Sexual cycle of Leucocytozoon canis in the tick - Number 28
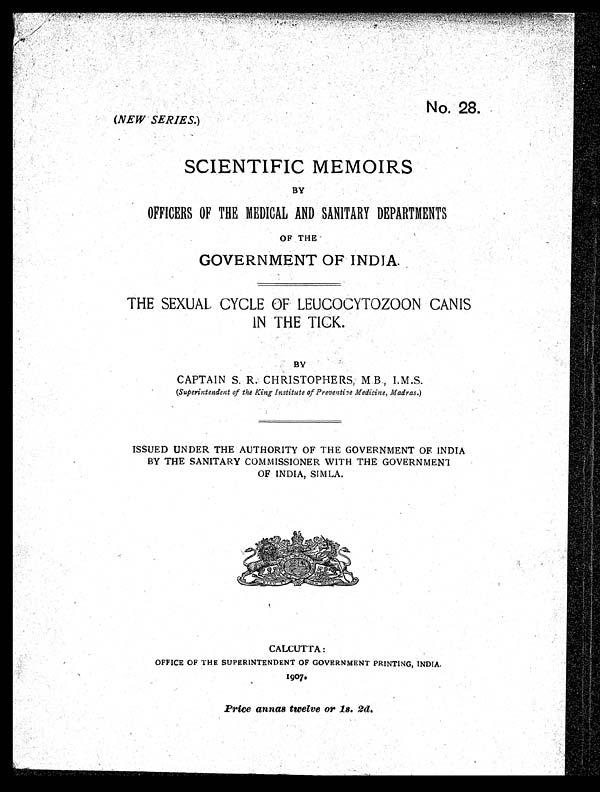
NO. 28.
(NEW SERIES.)
SCIENTIFIC MEMOIRS
BY
OFFICERS OF THE MEDICAL AND SANITARY DEPARTMENTS
OF THE
GOVERNMENT OF INDIA.
THE SEXUAL CYCLE OF LEUCOCYTOZOON CANIS
IN THE TICK.
BY
CAPTAIN S. R. CHRISTOPHERS, M B., I.M.S.
(Superintendent of the King Institute of Preventive Medicine, Madras.)
ISSUED UNDER THE AUTHORITY OF THE GOVERNMENT OF INDIA
BY THE SANITARY COMMISSIONER WITH THE GOVERNMEN
T OF INDIA, SIMLA.
CALCUTTA:
OFFICE OF THE SUPERINTENDENT OF GOVERNMENT PRINTING, INDIA
1907.
Price annas twelve or 1s. 2d.